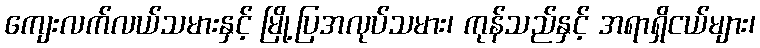
ကျေးလက်လယ်သမားနှင့် မြို့ပြအလုပ်သမား၊ ကုန်သည်နှင့် အရာရှိငယ်များ၊